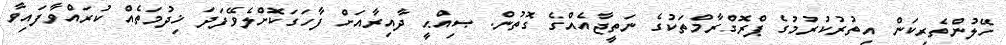
ހޭލުންތެރިކަން އިތުރުކުރުމުގެ ޕްރޮގްރާމްތަކުގެ ނަތީޖާއެއްގެ ގޮތުން. ޞިއްޙީ ދާއިރާއަށް ފާހަގަކޮށްލެވޭފަދަ ޚިދުމަތެއް ކުރައްވާފައިވާ